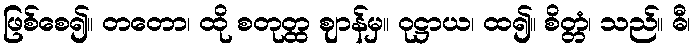
ဖြစ်စေ၍။ တတော၊ ထို စတုတ္ထ ဈာန်မှ။ ဝုဋ္ဌာယ၊ ထ၍။ စိတ္တံ၊ သည်။ ဓီ၊